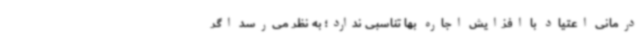
درمانی اعتیاد با افزایش اجاره بها تناسبی ندارد؛ به نظر می‌رسد اگر